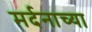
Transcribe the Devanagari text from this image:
मर्दनाच्या